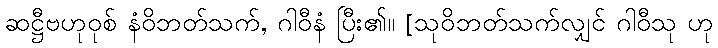
ဆဋ္ဌီဗဟုဝုစ် နံဝိဘတ်သက်, ဂါဝီနံ ပြီး၏။ [သုဝိဘတ်သက်လျှင် ဂါဝီသု ဟု